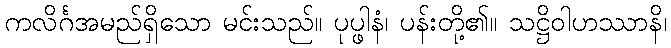
ကလိင်္ဂအမည်ရှိသော မင်းသည်။ ပုပ္ဖါနံ၊ ပန်းတို့၏။ သဋ္ဌိဝါဟဿာနိ၊